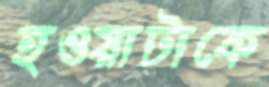
হওয়াটাকে